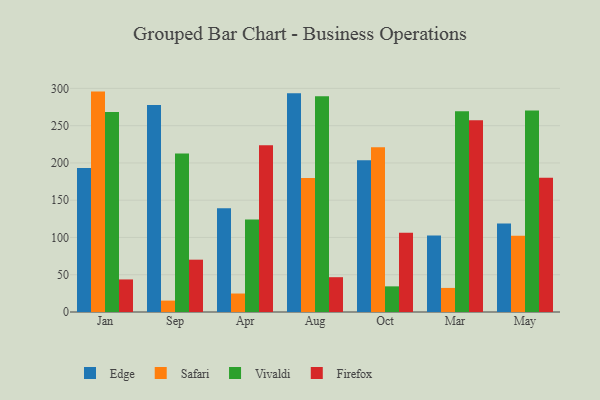
{"axis": {"x": "Month", "y": "Humidity (%)"}, "legend": ["Edge", "Firefox", "Safari", "Vivaldi"], "data": [{"x": "Jan", "y": 193.2, "type": "Edge"}, {"x": "Jan", "y": 295.7, "type": "Safari"}, {"x": "Jan", "y": 268.3, "type": "Vivaldi"}, {"x": "Jan", "y": 43.7, "type": "Firefox"}, {"x": "Sep", "y": 277.8, "type": "Edge"}, {"x": "Sep", "y": 15.3, "type": "Safari"}, {"x": "Sep", "y": 212.6, "type": "Vivaldi"}, {"x": "Sep", "y": 70.2, "type": "Firefox"}, {"x": "Apr", "y": 139.2, "type": "Edge"}, {"x": "Apr", "y": 24.8, "type": "Safari"}, {"x": "Apr", "y": 124.2, "type": "Vivaldi"}, {"x": "Apr", "y": 223.7, "type": "Firefox"}, {"x": "Aug", "y": 293.4, "type": "Edge"}, {"x": "Aug", "y": 179.8, "type": "Safari"}, {"x": "Aug", "y": 289.6, "type": "Vivaldi"}, {"x": "Aug", "y": 46.7, "type": "Firefox"}, {"x": "Oct", "y": 203.5, "type": "Edge"}, {"x": "Oct", "y": 221.0, "type": "Safari"}, {"x": "Oct", "y": 34.4, "type": "Vivaldi"}, {"x": "Oct", "y": 106.4, "type": "Firefox"}, {"x": "Mar", "y": 102.6, "type": "Edge"}, {"x": "Mar", "y": 32.3, "type": "Safari"}, {"x": "Mar", "y": 269.2, "type": "Vivaldi"}, {"x": "Mar", "y": 257.1, "type": "Firefox"}, {"x": "May", "y": 118.8, "type": "Edge"}, {"x": "May", "y": 102.4, "type": "Safari"}, {"x": "May", "y": 270.3, "type": "Vivaldi"}, {"x": "May", "y": 180.0, "type": "Firefox"}]}